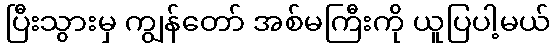
ပြီးသွားမှ ကျွန်တော် အစ်မကြီးကို ယူပြပါ့မယ်